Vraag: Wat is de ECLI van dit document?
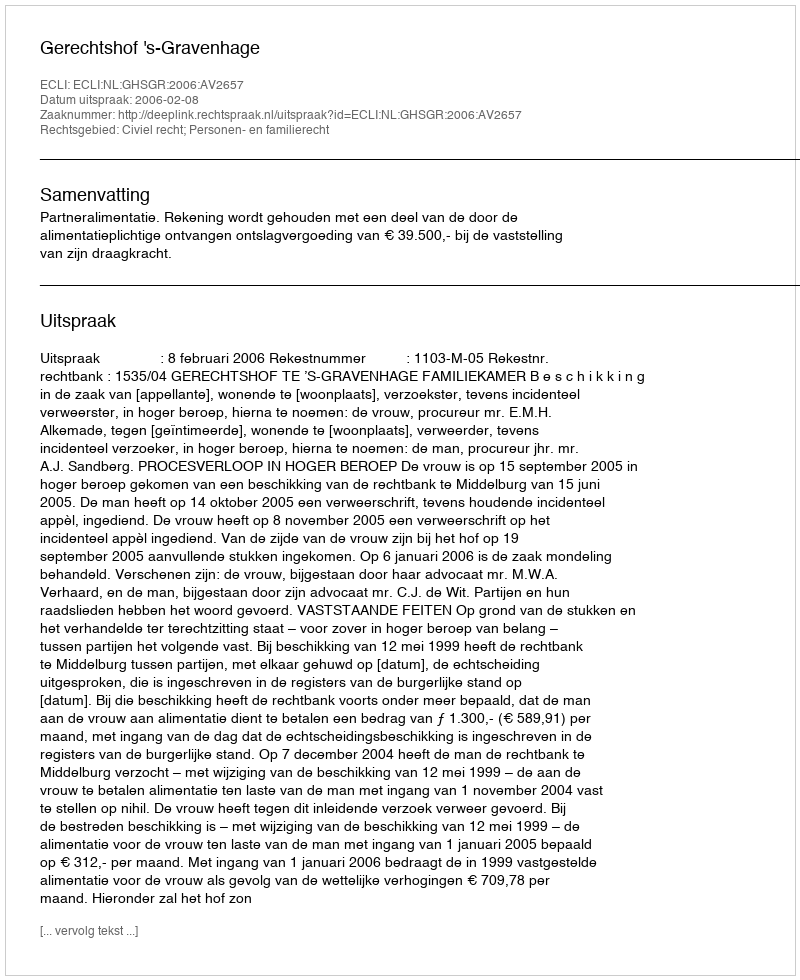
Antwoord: ECLI:NL:GHSGR:2006:AV2657